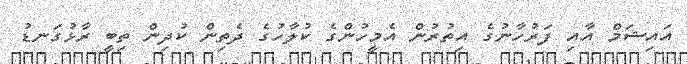
އައިޝަމް އާއި ފަރުހާނުގެ އިތުރުން އެމީހުންގެ ކުލާހުގެ ދެތިން ކުދިން ތިބީ ރާޅުގަނޑު